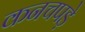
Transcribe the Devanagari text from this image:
कनचपड़े